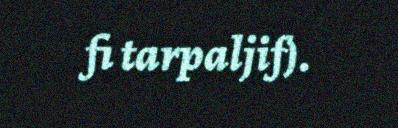
fi tarpaljif).